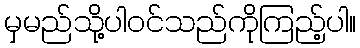
မှမည်သို့ပါဝင်သည်ကိုကြည့်ပါ။